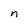
Character: n